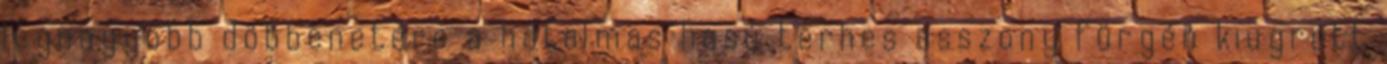
legnagyobb döbbenetére a hatalmas hasú terhes asszony fürgén kiugrott